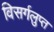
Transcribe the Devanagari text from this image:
विसर्गलुप्त